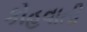
કોહવાતી